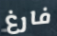
فارغ